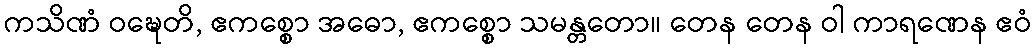
ကသိဏံ ဝဍ္ဎေတိ, ဧကစ္စော အဓော, ဧကစ္စော သမန္တတော။ တေန တေန ဝါ ကာရဏေန ဧဝံ